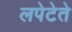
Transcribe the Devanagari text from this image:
लपेटेते